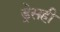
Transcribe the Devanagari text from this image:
ड्रेसही